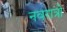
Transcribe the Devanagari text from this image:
नवरात्रो